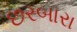
છરબારા